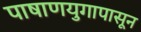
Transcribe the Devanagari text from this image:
पाषाणयुगापासून